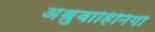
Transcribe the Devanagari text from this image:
अश्रुवाहिनियाँ